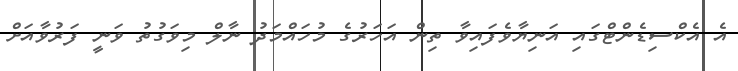
އެ އެކްސިޑެންޓްގައި އަނިޔާވެފައިވާ ތިން އަހަރުގެ މުހައްމަދު ނާލް މިވަގުތު ވަނީ ފަރުވާއަށް